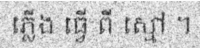
ភ្លើង ធ្វើ ពី ស្មៅ ។